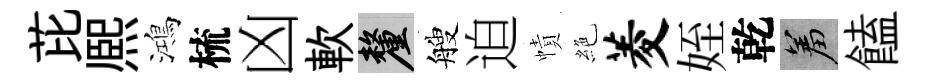
芘熈鴻梳凶軟厘艘迫幘絶菱姪乾羞饁